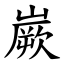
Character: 嶡